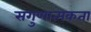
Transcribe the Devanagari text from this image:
सगुणात्मकता